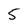
Character: 5